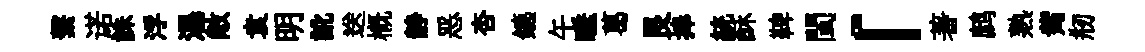
繫诺誅浮瀑敞袁明訛送概静恶杏鑣午睡葛艮捧統酥鞞閩「著鹧熟觜剏